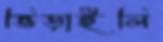
ভিড়াইলি